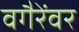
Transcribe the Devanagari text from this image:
वगैरेंवर